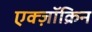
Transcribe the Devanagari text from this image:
एक्ज़ॉक्रिन